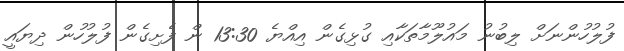
ފުލުހުންނަށް ލިބުނު މައުލޫމާތަކާއި ގުޅިގެން އިއްޔެ 13:30 ން ފެށިގެން ފުލުހުން ދިޔައީ